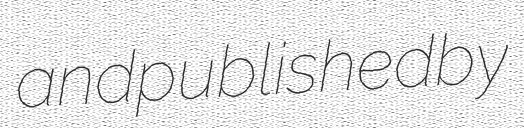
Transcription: and published by